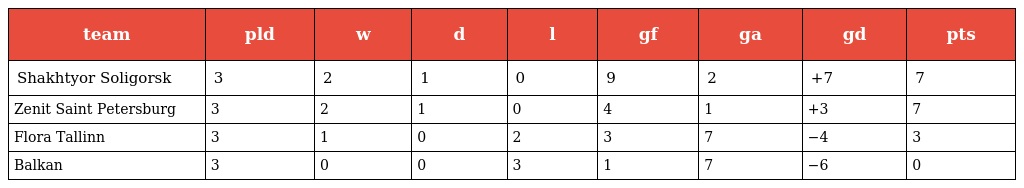
| team | pld | w | d | l | gf | ga | gd | pts |
 | --- | --- | --- | --- | --- | --- | --- | --- | --- |
 | Shakhtyor Soligorsk | 3 | 2 | 1 | 0 | 9 | 2 | +7 | 7 |
 | Zenit Saint Petersburg | 3 | 2 | 1 | 0 | 4 | 1 | +3 | 7 |
 | Flora Tallinn | 3 | 1 | 0 | 2 | 3 | 7 | −4 | 3 |
 | Balkan | 3 | 0 | 0 | 3 | 1 | 7 | −6 | 0 |